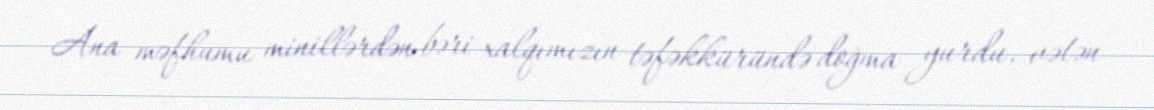
Ana məfhumu minillərdən bəri xalqımızın təfəkküründə doğma yurdu, vətən